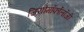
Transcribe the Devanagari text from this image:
जियोमॉर्फोलॉजी